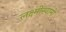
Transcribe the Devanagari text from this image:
लक्ष्मीस्वामी